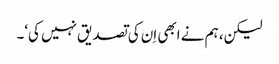
لیکن، ہم نے ابھی اِن کی تصدیق نہیں کی‘۔